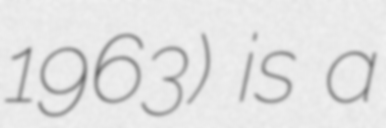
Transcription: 1963) is a